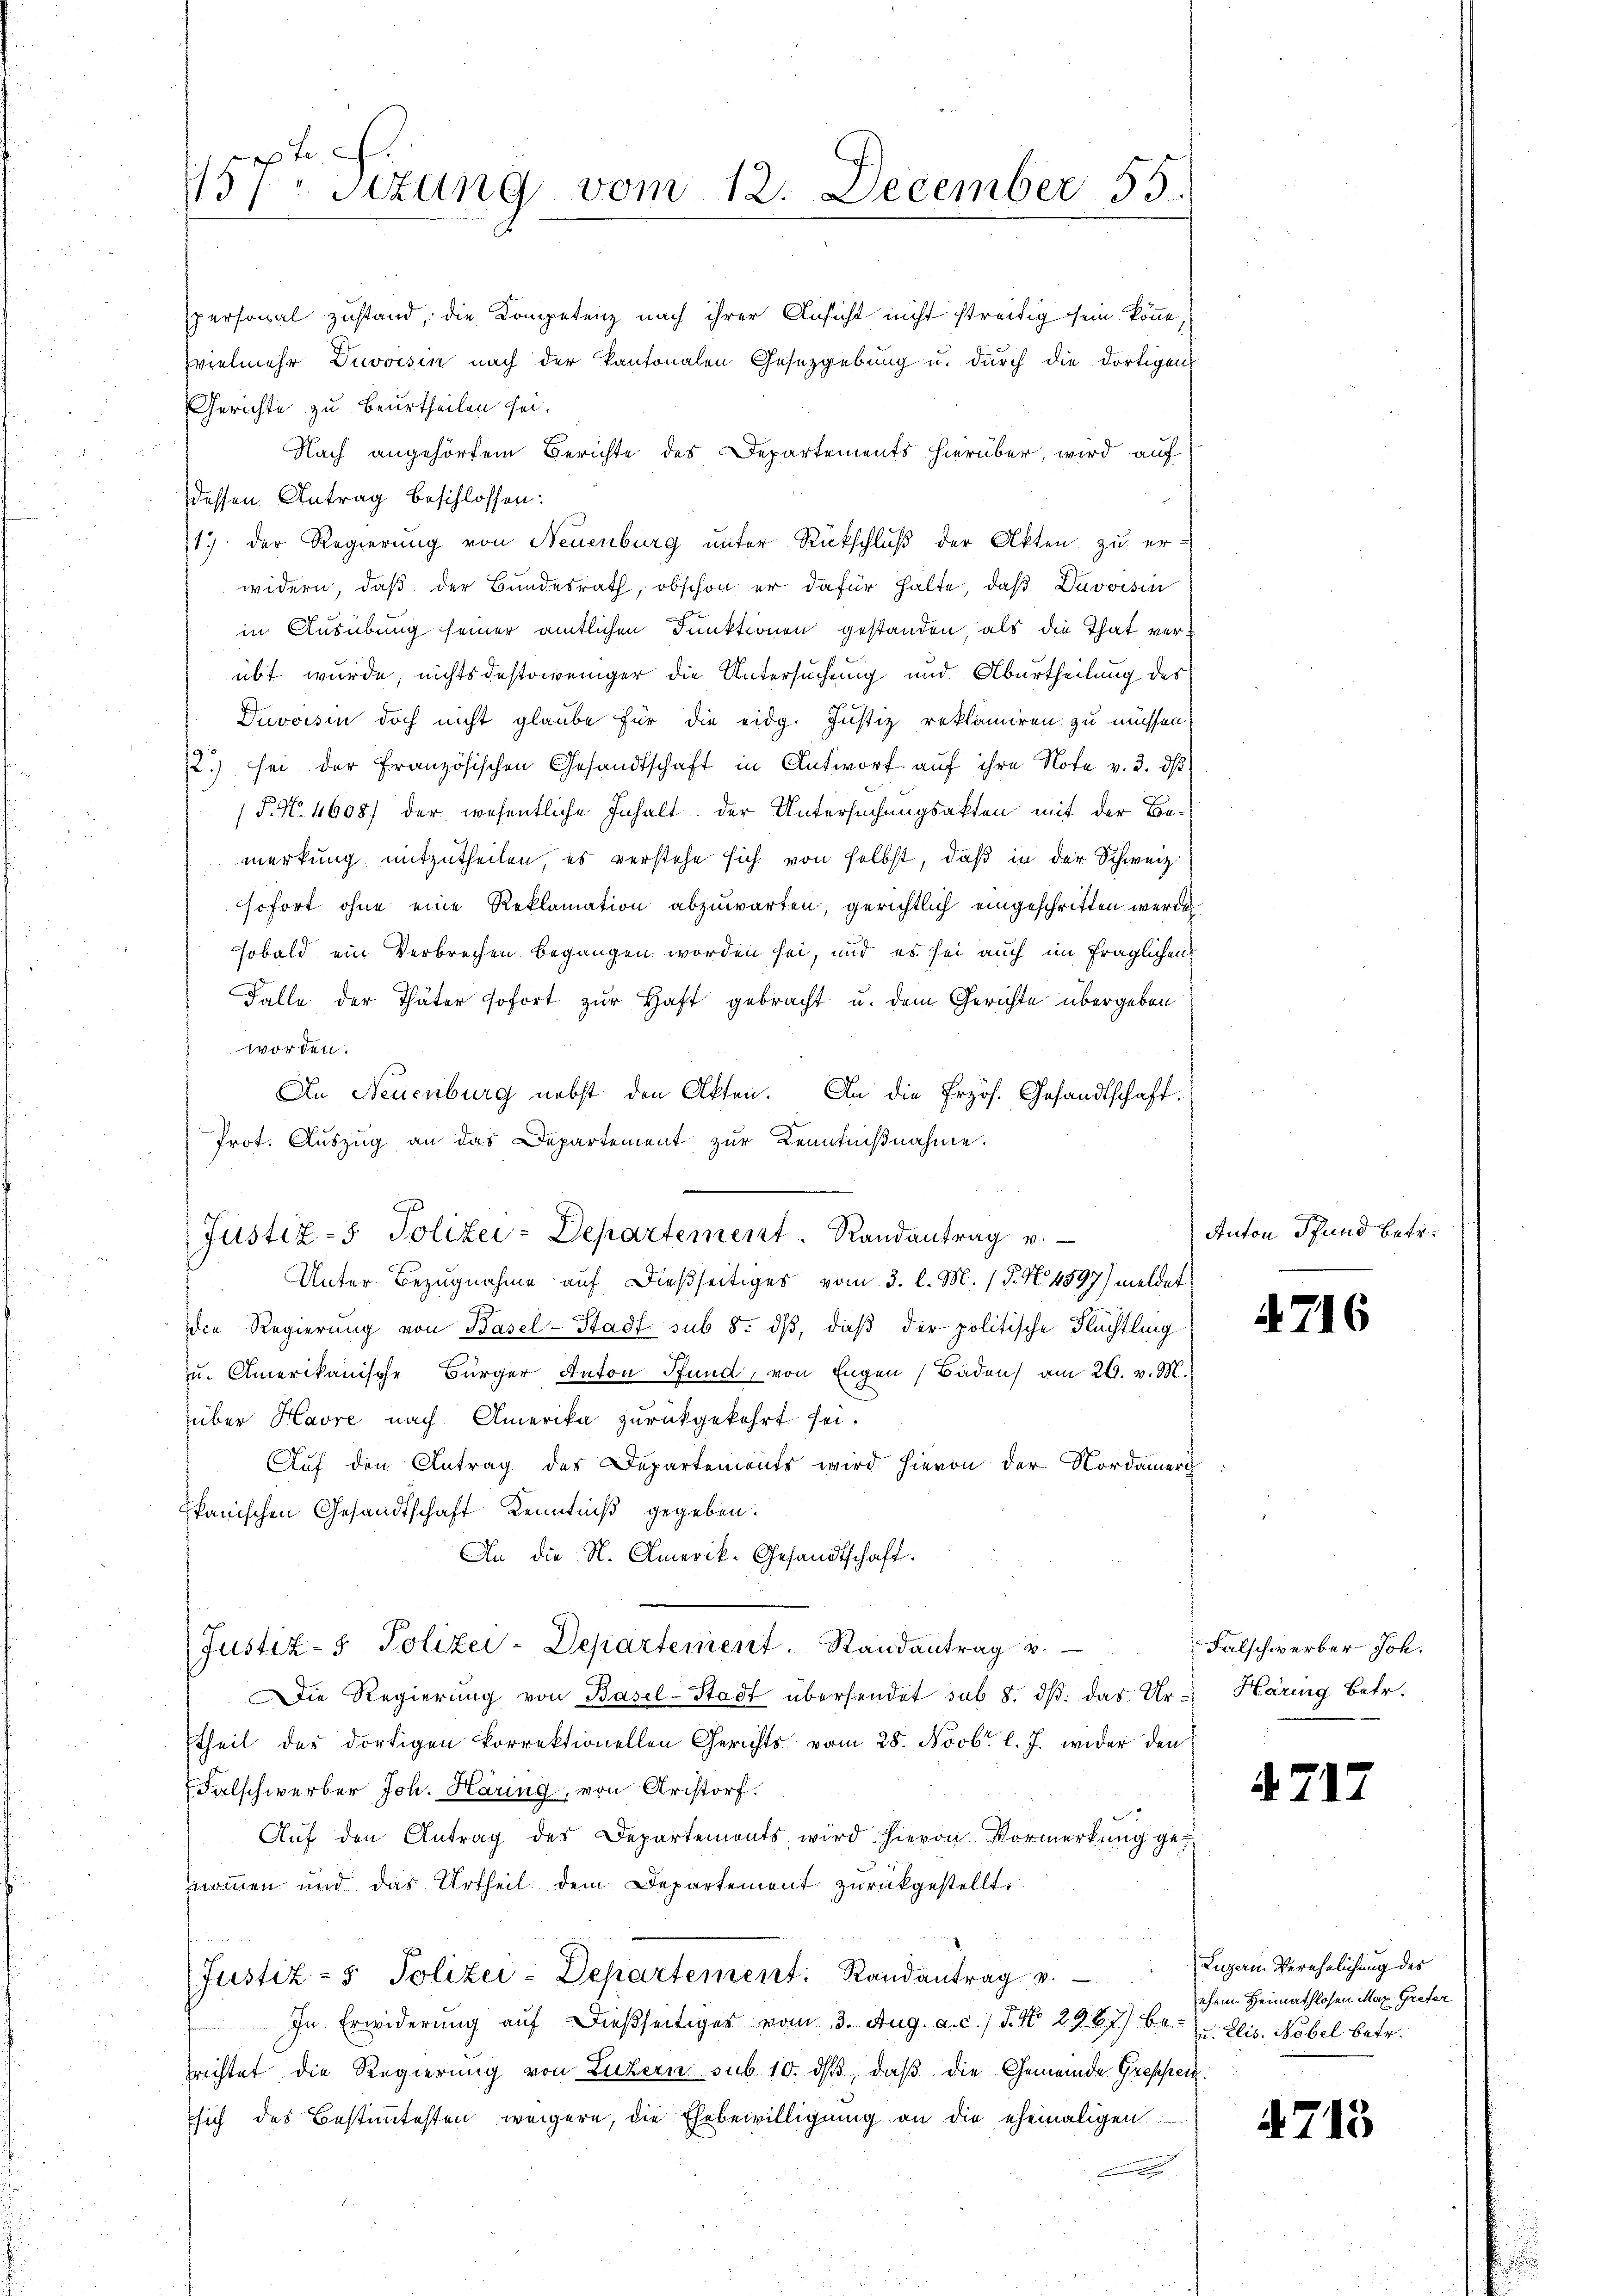
157. Sizung vom 12. December 55.

spersonal zustand, die Kompetenz nach ihrer Ansicht nicht streitig sein könne,
vielmehr Duvoisin nach der Kantonalen Gesetzgebung u. dŭrch die dortigen
Gerichte zu beurtheilen sei.
Nach angehörtem Berichte des Departements hierüber, wird auf
dessen Antrag beschlossen:
17. der Regierung von Neuenburg unter Rückschluß der Akten zu er-
widern, daß der Bundesrath, obschon er dafür halte, daß Davoisin
in Ausübung seiner amtlichen Funktionen gestanden, als die That verübt wurde, nichtsdestoweniger die Untersuchung und Aburtheilung des
Duvoisin doch nicht glaube für die eidg. Justiz reklamiren zu müssen.
2) sei der Französischen Gesandtschaft in Antworf auf ihre Note v. 3. ds
 P. No. 4608/ der wesentliche Inhalt der Untersuchungsakten mit der Bemerkung mitzutheilen, es verstehe sich von selbst, daß in der Schweiz.
sofort ohne eine Reklamation abzuwarten, gerichtlich eingeschritten werden
sobald ein Verbrechen begangen worden sei, und es sei auch im fraglichen
Falle der Thäter sofort zur Haft gebracht u. dem Gerichte übergeben
worden.
An Neuenburg nebst den Akten. An die frzös. Gesandtschaft.
Prot. Auszug an das Departement zur Kenntnißnahme.
Unter Bezugnahme auf dießseitiges vom 3. l. M. (§. No 4597) meldet
Die Regierung von Basel-Stadt sub 8. dβ, daß der politische Flüchtling
u. Amerikanische Bürger Anton Pfund, von Engen Baden am 26. v. M.
über Havre nach Amerika zurückgekehrt sei.
Auf den Antrag des Departements wird hievon der Nordameri
kanischen Gesandtschaft Kenntniß gegeben.
An die N. Amerik- Gesandtschaft:
Justiz- & Polizei-Departement. Randantrag v.
Die Regierung von Basel-Stadt übersendet sub 8. dβ das Ur- Häring Betr.
theil des dortigen korrektionellen Gerichts vom 28. Novbr. l. J. wider den
Falschwerber Joh. Haring, von Aristorf.
Aŭf den Antrag des Departements wird hievon Vormerkŭng genommen und das Urtheil dem Departement zurückgestellt,
Justiz- & Polizei-Departement: Randantrag v.
In Erwiderung auf dießseitiges vom 3. Aug. a. c.) S. Nr. 2967) be- u. Elis. Nebel betr.
srichtet die Regierung von Luzern sub 10. dβ, daß die Gemeinde Grespeisich des Bestimtesten weigere, die Ehebewilligung an die ehemaligen

s
Justiz - Polizei-Departement. Randantrag v.

Anton Pfund betr.

4716

Falschwerber Joh.

. 71.

Legerin Verehelichung des
ehem. Heimathlosen Max Grefer

4713